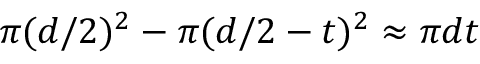
\pi ( d / 2 ) ^ { 2 } - \pi ( d / 2 - t ) ^ { 2 } \approx \pi d t